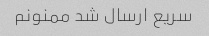
سریع ارسال شد ممنونم